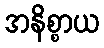
အနိစ္စာယ